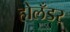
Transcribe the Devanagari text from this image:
होलँडर